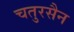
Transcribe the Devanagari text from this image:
चतुरसैन